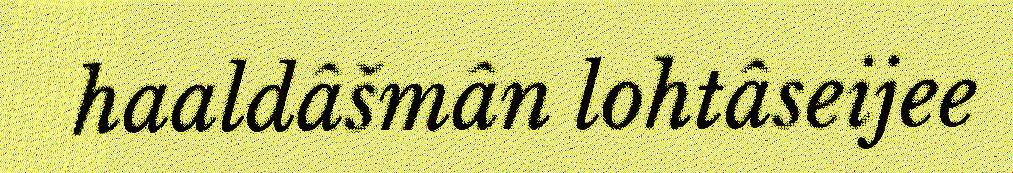
haaldâšmân lohtâseijee